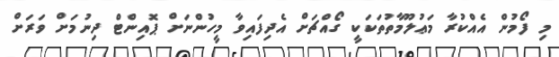
މި ފޯމުން އެއްކުރާ މަޢުލޫމާތުތަކަކީ ގޯއްޗަށް އެދިފައިވާ މީހުންނަށް ޕޮއިންޓް ދިނުމަށް ވަރަށް